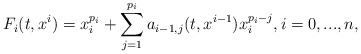
\begin{align*}F_{i} (t, x^i )= x_i^{p_i}+ \sum_{j=1}^{p_i} a_{i-1,j} (t,x^{i-1}) x_i^{p_i-j}, i=0, ... ,n,\end{align*}